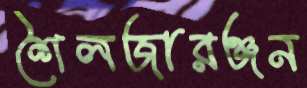
শৈলজারঞ্জন